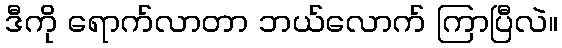
ဒီကို ရောက်လာတာ ဘယ်လောက် ကြာပြီလဲ။